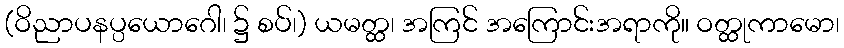
(ဝိညာပနပ္ပယောဂေါ၊ ၌ စပ်၊) ယမတ္ထ၊ အကြင် အကြောင်းအရာကို။ ဝတ္ထုကာမော၊